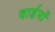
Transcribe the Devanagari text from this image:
वार्डनों